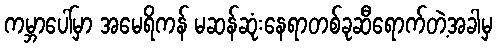
ကမ္ဘာပေါ်မှာ အမေရိကန် မဆန်ဆုံးနေရာတစ်ခုဆီရောက်တဲ့အခါမှ